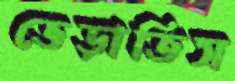
ভেড়াতিস